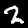
Label: 2